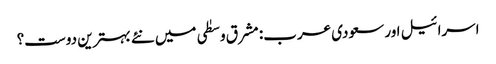
اسرائیل اور سعودی عرب: مشرق وسطٰی میں نئے بہترین دوست؟